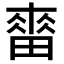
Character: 𤲷